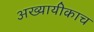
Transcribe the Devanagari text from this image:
अख्यायीकाच